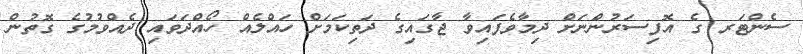
ސެންޓަރ ގެ އޮފިސަރުންނަށް ދިމާވެފައިވާ ޖާގައިގެ ދަތިކަމަށް ހައްލެއް ހޯއްދަވައި ދެއްވުމުގެ ގޮތުން